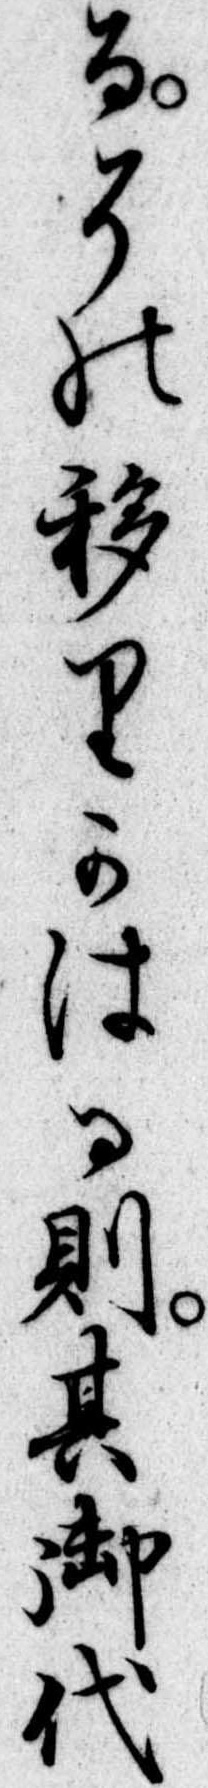
るその移りかはる則其御代